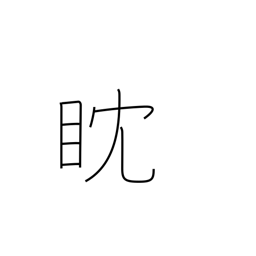
Meaning: watch intently